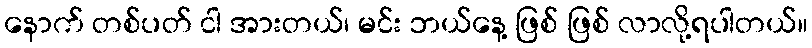
နောက် တစ်ပတ် ငါ အားတယ်၊ မင်း ဘယ်နေ့ ဖြစ် ဖြစ် လာလို့ရပါတယ်။